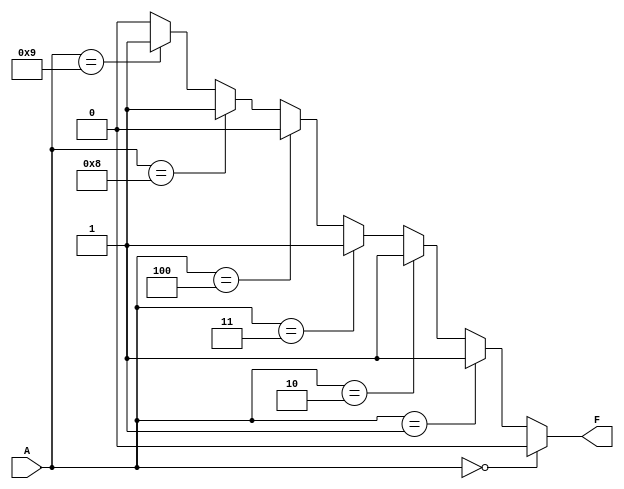
module dont_care_example (
    input wire [3:0] A, // 4-bit input
    output wire F       // Output
);

// Define the logic function using a case statement
// Let's assume the following truth table:
// A[3] A[2] A[1] A[0] | F
//  -------------------|----
//    0    0    0    0 | 0
//    0    0    0    1 | 1
//    0    0    1    0 | 1
//    0    0    1    1 | 1
//    0    1    X    X | 0  (Don't care: any input here)
//    1    0    0    0 | 1
//    1    0    0    1 | 1
//    1    X    X    X | 1  (Don't care: any input here)

// Implementing the logic function with don't care conditions
assign F = (A == 4'b0000) ? 0 :  // A = 0
           (A == 4'b0001) ? 1 :  // A = 1
           (A == 4'b0010) ? 1 :  // A = 2
           (A == 4'b0011) ? 1 :  // A = 3
           (A == 4'b0100) ? 0 :  // A = 4 (Don't care)
           (A == 4'b1000) ? 1 :  // A = 8
           (A == 4'b1001) ? 1 :  // A = 9
           0;                    // Default case

endmodule